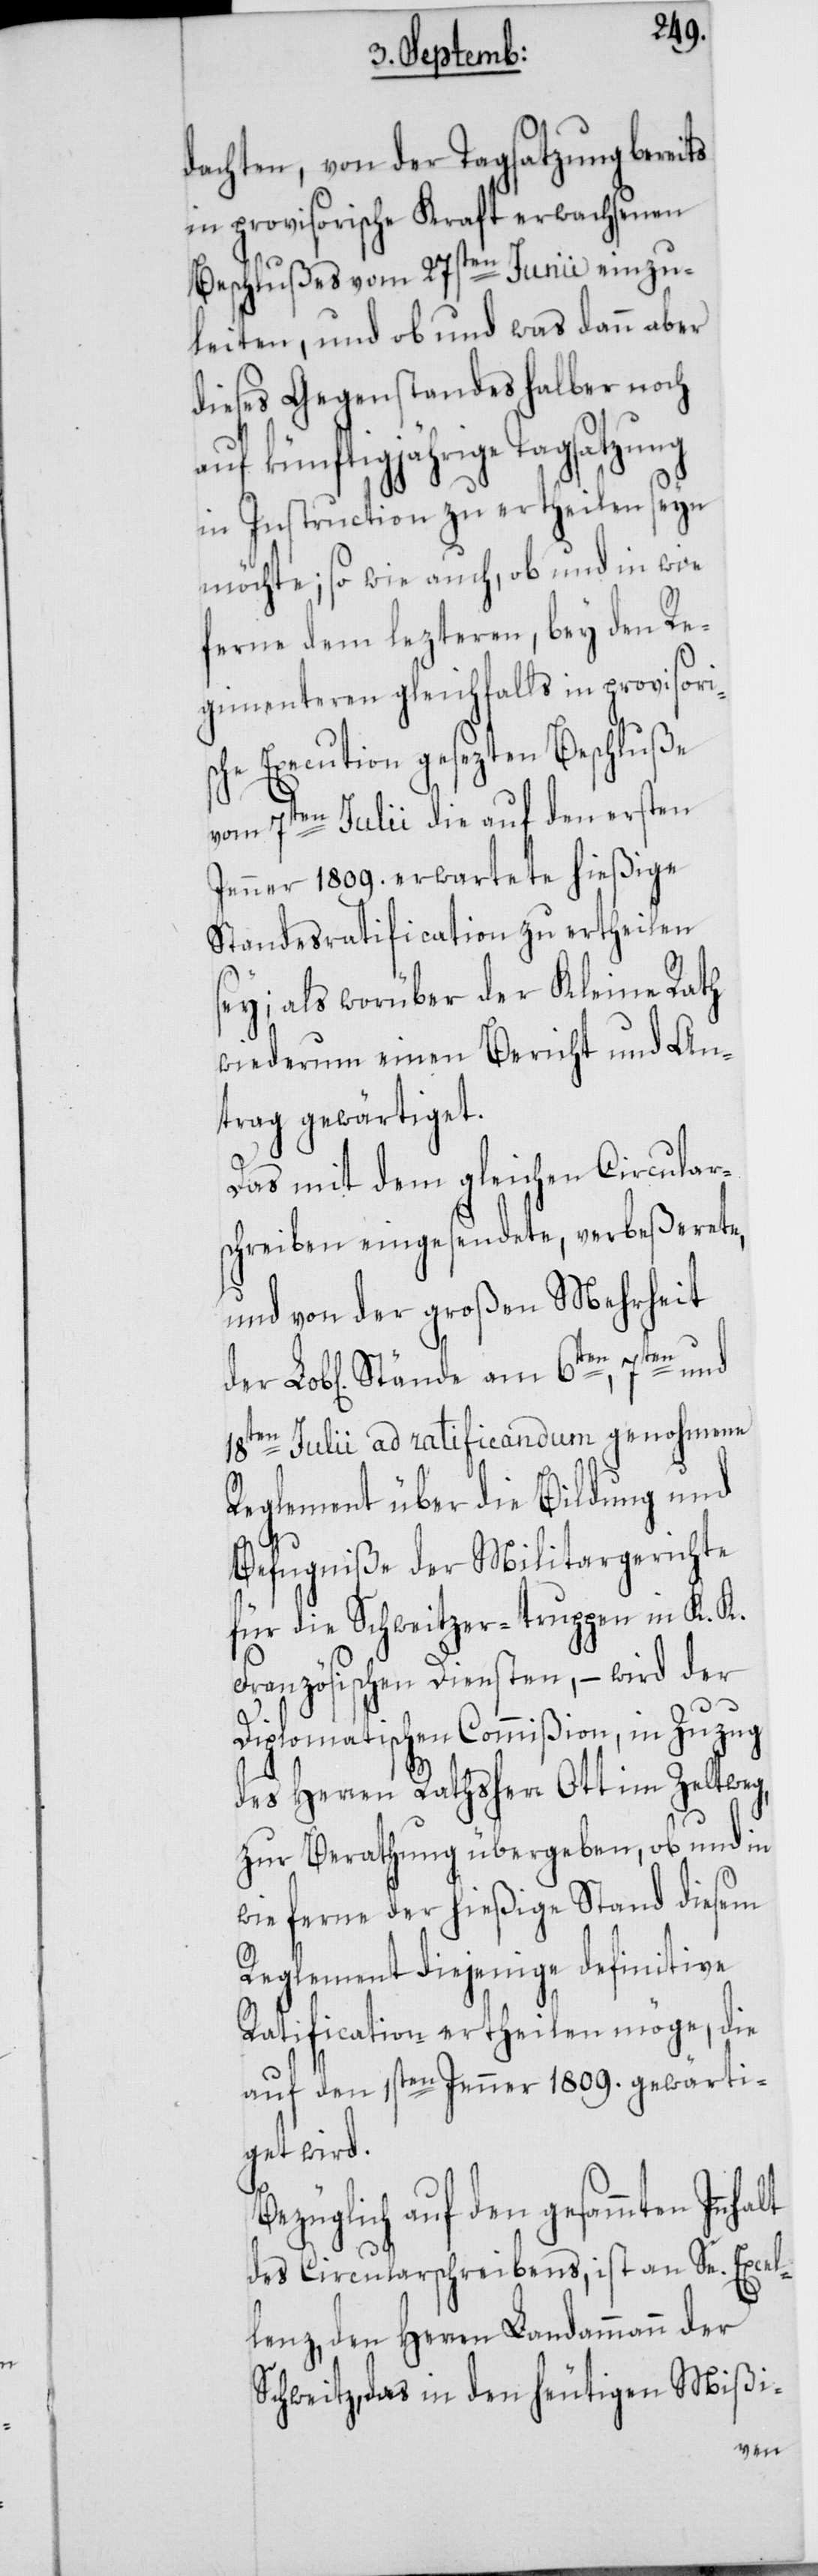
dachten, von der Tagsatzung bereits
in provisorische Kraft erwachsenen
Beschlußes vom 27sten Junii einzu¬
leiten, und ob und was dann aber
dieses Gegenstandes halber noch
auf künftigjährige Tagsatzung
in Instruction zu ertheilen seyn
möchte; so wie auch, ob und in wie
ferne dem lezteren, bey den Re¬
gimenteren gleichfalls in provisori¬
sche Execution gesezten Beschluße
vom 7ten Julii die auf den ersten
Jenner 1809. erwartete hießige
Standesratification zu ertheilen
sey; als worüber der Kleine Rath
wiederum einen Bericht und An¬
trag gewärtiget.
Das mit dem gleichen Circular¬
schreiben eingesendete, verbeßerete,
und von der großen Mehrheit
18ten Julii ad ratificandum genohmene
Reglement über die Bildung und
Befugniße der Militargerichte
für die Schweitzer-truppen in K. K.
Französischen Diensten, – wird der
Diplomatischen Commißion, in Zuzug
des Herren Rathsherr Ott im Zeltweg,
zur Berathung übergeben, ob und in
wie ferne der hießige Stand diesem
Reglement diejeinge definitive
Ratification ertheilen möge, die
auf den 1sten Jenner 1809. gewärti¬
get wird.
Bezüglich auf den gesammten
des Circularschreibens, ist an Se. Excel¬
lenz, den Herren Landammann der
Schweitz, das in den heutigen Mißi-